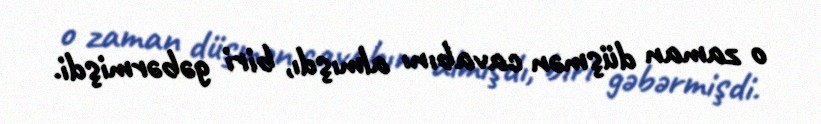
o zaman düşmən cavabını almışdı, biri gəbərmişdi.